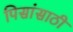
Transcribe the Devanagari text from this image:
पिसांसाठी